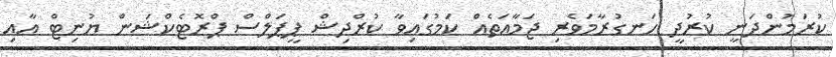
ކުރަމުންދަނީ ކުރުދީ ހަނގުރާމަވެރި ޖަމާޢަތެއް ކަމުގައިވާ ކުރްދިޝް ޕީޕަލްސް ޕްރޮޓެކްޝަން ޔުނިޓް އާއި